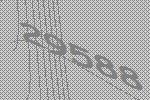
29588